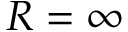
R = \infty